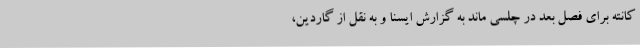
کانته برای فصل بعد در چلسی ماند به گزارش ایسنا و به نقل از گاردین،